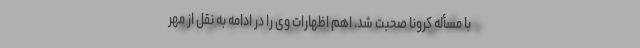
با مسأله کرونا صحبت شد. اهم اظهارات وی را در ادامه به نقل از مهر